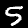
Label: 5